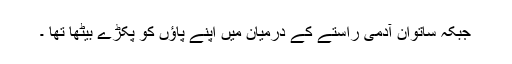
جبکہ ساتوان آدمی راستے کے درمیان میں اپنے پاؤں کو پکڑے بیٹھا تھا ۔